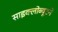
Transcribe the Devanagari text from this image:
साइक्लोब्यूटने